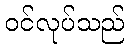
ဝင်လုပ်သည်